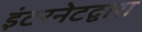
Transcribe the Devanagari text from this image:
इंटरनेटद्वारा